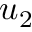
u _ { 2 }